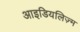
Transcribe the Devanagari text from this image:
आइडियलिज़्म